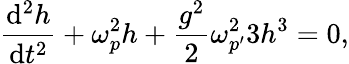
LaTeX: {\frac{\mathrm{d}^{2}h}{\mathrm{d}t^{2}}}+\omega_{p}^{2}h+{\frac{g^{2}}{2}}\omega_{p^{\prime}}^{2}3h^{3}=0,